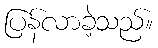
ပြန်လာခဲ့သည်။